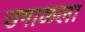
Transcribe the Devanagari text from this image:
उगाळला